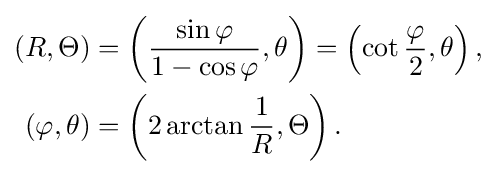
{\begin{aligned}(R,\Theta )&=\left({\frac {\sin \varphi }{1-\cos \varphi }},\theta \right)=\left(\cot {\frac {\varphi }{2}},\theta \right),\\(\varphi ,\theta )&=\left(2\arctan {\frac {1}{R}},\Theta \right).\end{aligned}}